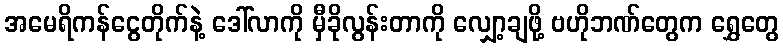
အမေရိကန်ငွေတိုက်နဲ့ ဒေါ်လာကို မှီခိုလွန်းတာကို လျှော့ချဖို့ ဗဟိုဘဏ်တွေက ရွှေတွေ